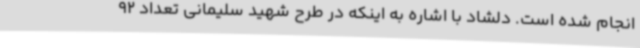
انجام شده است. دلشاد با اشاره به اینکه در طرح شهید سلیمانی تعداد 92